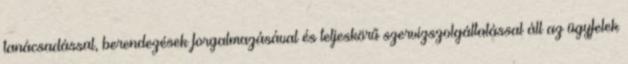
tanácsadással, berendezések forgalmazásával és teljeskörű szervizszolgáltatással áll az ügyfelek